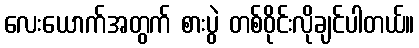
လေးယောက်အတွက် စားပွဲ တစ်ဝိုင်းလိုချင်ပါတယ်။